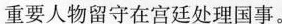
重要人物留守在宫廷处理国事。